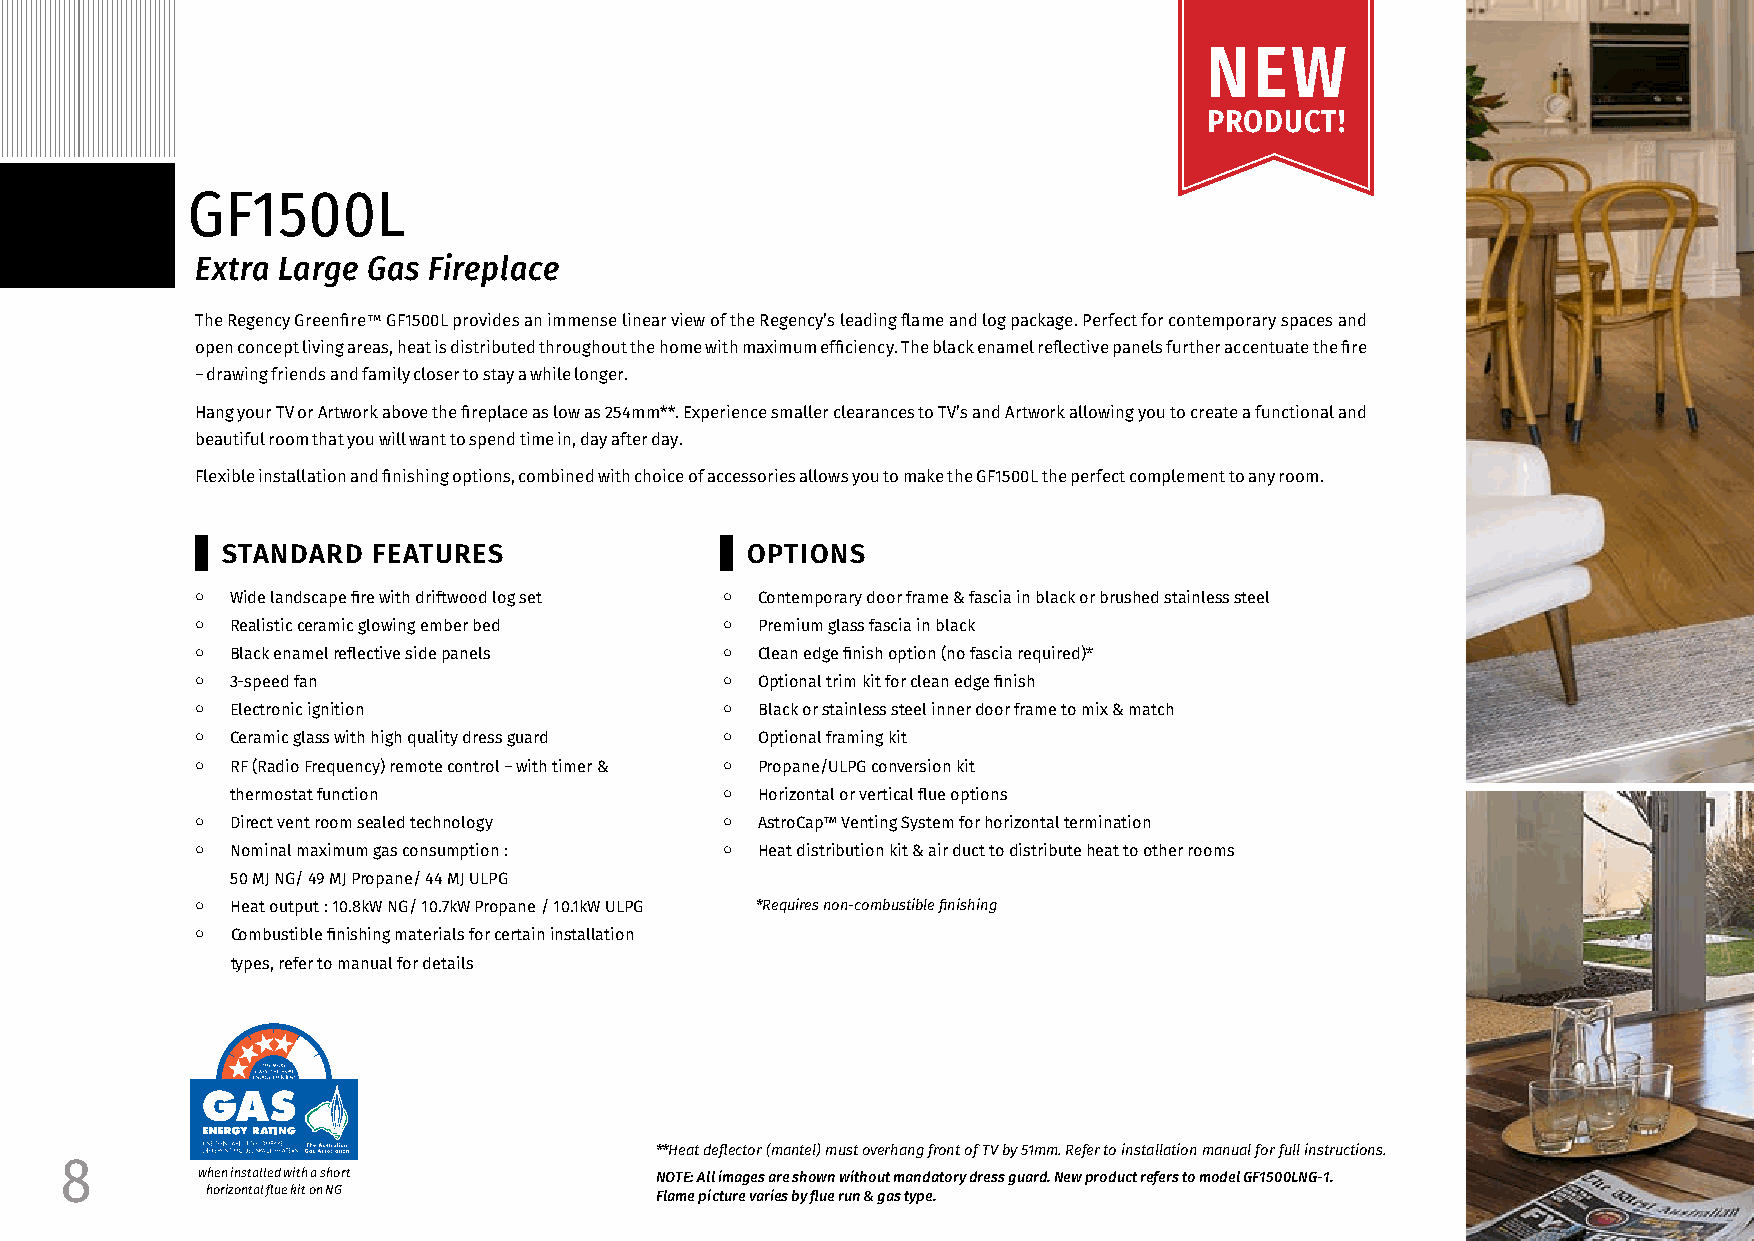
NEW
 PRODUCT!
 GF1500L
 Extra Large Gas Fireplace
 The Regency Greenfire™ GF1500L provides an immense linear view of the Regency’s leading flame and log package. Perfect for contemporary spaces and
 open concept living areas, heat is distributed throughout the home with maximum efficiency. The black enamel reflective panels further accentuate the fire
 – drawing friends and family closer to stay a while longer.
 Hang your TV or Artwork above the fireplace as low as 254mm**. Experience smaller clearances to TV’s and Artwork allowing you to create a functional and
 beautiful room that you will want to spend time in, day after day.
 Flexible installation and finishing options, combined with choice of accessories allows you to make the GF1500L the perfect complement to any room.
 STANDARD  FEATURES                OPTIONS
 ○ Wide landscape fire with driftwood log set ○ Contemporary door frame & fascia in black or brushed stainless steel
 ○ Realistic ceramic glowing ember bed ○ Premium glass fascia in black
 ○ Black enamel reflective side panels ○ Clean edge finish option (no fascia required)*
 ○ 3-speed fan                      ○ Optional trim kit for clean edge finish
 ○ Electronic ignition              ○ Black or stainless steel inner door frame to mix & match
 ○ Ceramic glass with high quality dress guard ○ Optional framing kit
 ○ RF (Radio Frequency) remote control – with timer & ○ Propane/ULPG conversion kit
 thermostat function              ○ Horizontal or vertical flue options
 ○ Direct vent room sealed technology ○ AstroCap™ Venting System for horizontal termination
 ○ Nominal maximum gas consumption : ○ Heat distribution kit & air duct to distribute heat to other rooms
 50 MJ NG/ 49 MJ Propane/ 44 MJ ULPG
 ○ Heat output : 10.8kW NG/ 10.7kW Propane / 10.1kW ULPG *Requires non-combustible finishing
 ○ Combustible finishing materials for certain installation
 types, refer to manual for details
 **Heat deflector (mantel) must overhang front of TV by 51mm. Refer to installation manual for full instructions.
 8
 when installed with a short   NOTE: All images are shown without mandatory dress guard. New product refers to model GF1500LNG-1.
 horizontal flue kit on NG    Flame picture varies by flue run & gas type.